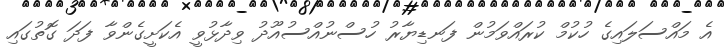
އެ މައްސަލައިގެ ހުކުމް ކުރައްވަމުން ފަނޑިޔާރު ހުސްނުއްސުއޫދު ވިދާޅުވީ އެކަށީގެންވާ ފަދަ ގޮތުގައި